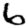
Digit: 6